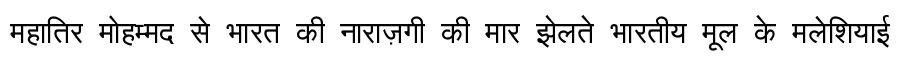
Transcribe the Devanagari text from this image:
महातिर मोहम्मद से भारत की नाराज़गी की मार झेलते भारतीय मूल के मलेशियाई